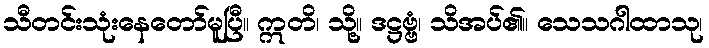
သီတင်းသုံးနေတော်မူပြီ။ ဣတိ၊ သို့။ ဒဋ္ဌဗ္ဗံ၊ သိအပ်၏။ သေသဂါထာသု၊